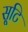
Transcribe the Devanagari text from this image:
सृ्टि